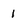
Character: 1